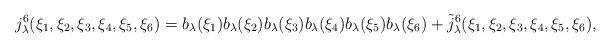
LaTeX: \begin{align*}j^6_{\lambda}(\xi_1,\xi_2,\xi_3,\xi_4,\xi_5,\xi_6) =b_\lambda(\xi_1) b_\lambda(\xi_2) b_\lambda(\xi_3)b_\lambda(\xi_4) b_\lambda(\xi_5) b_\lambda(\xi_6)+\tilde j^6_\lambda(\xi_1,\xi_2,\xi_3,\xi_4,\xi_5,\xi_6),\end{align*}